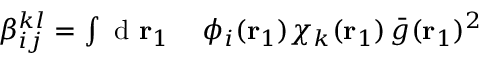
\begin{array} { r l } { \beta _ { i j } ^ { k l } = \int \mathrm { ~ d ~ } { \mathbf { r } _ { 1 } } } & { { } \, \phi _ { i } ( { \mathbf { r } _ { 1 } } ) \chi _ { k } ( { \mathbf { r } _ { 1 } } ) \, \bar { g } ( { \mathbf { r } _ { 1 } } ) ^ { 2 } } \end{array}